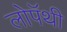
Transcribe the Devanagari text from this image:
लोपॅथी